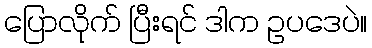
ပြောလိုက် ပြီးရင် ဒါက ဥပဒေပဲ။